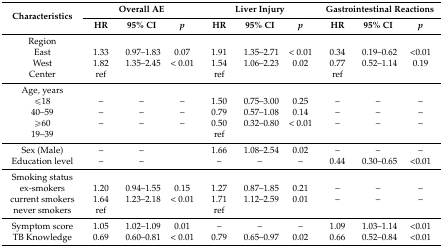
<table><thead><tr><td rowspan="2"><b>Characteristics</b></td><td colspan="3"><b>Overall AE</b></td><td colspan="3"><b>Liver Injury</b></td><td colspan="3"><b>Gastrointestinal Reactions</b></td></tr><tr><td><b>HR</b></td><td><b>95% CI</b></td><td><b><i>p</i></b></td><td><b>HR</b></td><td><b>95% CI</b></td><td><b><i>p</i></b></td><td><b>HR</b></td><td><b>95% CI</b></td><td><b><i>p</i></b></td></tr></thead><tbody><tr><td>Region</td><td>[EMPTY_CELL]</td><td>[EMPTY_CELL]</td><td>[EMPTY_CELL]</td><td>[EMPTY_CELL]</td><td>[EMPTY_CELL]</td><td>[EMPTY_CELL]</td><td>[EMPTY_CELL]</td><td>[EMPTY_CELL]</td><td>[EMPTY_CELL]</td></tr><tr><td>East</td><td>1.33</td><td>0.97–1.83</td><td>0.07</td><td>1.91</td><td>1.35–2.71</td><td>&lt; 0.01</td><td>0.34</td><td>0.19–0.62</td><td>&lt;0.01</td></tr><tr><td>West</td><td>1.82</td><td>1.35–2.45</td><td>&lt; 0.01</td><td>1.54</td><td>1.06–2.23</td><td>0.02</td><td>0.77</td><td>0.52–1.14</td><td>0.19</td></tr><tr><td>Center</td><td>ref</td><td>[EMPTY_CELL]</td><td>[EMPTY_CELL]</td><td>ref</td><td>[EMPTY_CELL]</td><td>[EMPTY_CELL]</td><td>ref</td><td>[EMPTY_CELL]</td><td>[EMPTY_CELL]</td></tr><tr><td>Age, years</td><td>[EMPTY_CELL]</td><td>[EMPTY_CELL]</td><td>[EMPTY_CELL]</td><td>[EMPTY_CELL]</td><td>[EMPTY_CELL]</td><td>[EMPTY_CELL]</td><td>[EMPTY_CELL]</td><td>[EMPTY_CELL]</td><td>[EMPTY_CELL]</td></tr><tr><td>≤18</td><td>–</td><td>–</td><td>–</td><td>1.50</td><td>0.75–3.00</td><td>0.25</td><td>–</td><td>–</td><td>–</td></tr><tr><td>40–59</td><td>–</td><td>–</td><td>–</td><td>0.79</td><td>0.57–1.08</td><td>0.14</td><td>–</td><td>–</td><td>–</td></tr><tr><td>≥60</td><td>–</td><td>–</td><td>–</td><td>0.50</td><td>0.32–0.80</td><td>&lt; 0.01</td><td>–</td><td>–</td><td>–</td></tr><tr><td>19–39</td><td>[EMPTY_CELL]</td><td>[EMPTY_CELL]</td><td>[EMPTY_CELL]</td><td>ref</td><td>[EMPTY_CELL]</td><td>[EMPTY_CELL]</td><td>[EMPTY_CELL]</td><td>[EMPTY_CELL]</td><td>[EMPTY_CELL]</td></tr><tr><td>Sex (Male)</td><td>–</td><td>–</td><td>[EMPTY_CELL]</td><td>1.66</td><td>1.08–2.54</td><td>0.02</td><td>–</td><td>–</td><td>–</td></tr><tr><td>Education level</td><td>–</td><td>–</td><td>[EMPTY_CELL]</td><td>–</td><td>–</td><td>–</td><td>0.44</td><td>0.30–0.65</td><td>&lt;0.01</td></tr><tr><td>Smoking status</td><td>[EMPTY_CELL]</td><td>[EMPTY_CELL]</td><td>[EMPTY_CELL]</td><td>[EMPTY_CELL]</td><td>[EMPTY_CELL]</td><td>[EMPTY_CELL]</td><td>[EMPTY_CELL]</td><td>[EMPTY_CELL]</td><td>[EMPTY_CELL]</td></tr><tr><td>ex-smokers</td><td>1.20</td><td>0.94–1.55</td><td>0.15</td><td>1.27</td><td>0.87–1.85</td><td>0.21</td><td>–</td><td>–</td><td>–</td></tr><tr><td>current smokers</td><td>1.64</td><td>1.23–2.18</td><td>&lt; 0.01</td><td>1.71</td><td>1.12–2.59</td><td>0.01</td><td>–</td><td>–</td><td>–</td></tr><tr><td>never smokers</td><td>ref</td><td>[EMPTY_CELL]</td><td>[EMPTY_CELL]</td><td>ref</td><td>[EMPTY_CELL]</td><td>[EMPTY_CELL]</td><td>[EMPTY_CELL]</td><td>[EMPTY_CELL]</td><td>[EMPTY_CELL]</td></tr><tr><td>Symptom score</td><td>1.05</td><td>1.02–1.09</td><td>0.01</td><td>–</td><td>–</td><td>–</td><td>1.09</td><td>1.03–1.14</td><td>&lt;0.01</td></tr><tr><td>TB Knowledge</td><td>0.69</td><td>0.60–0.81</td><td>&lt; 0.01</td><td>0.79</td><td>0.65–0.97</td><td>0.02</td><td>0.66</td><td>0.52–0.84</td><td>&lt;0.01</td></tr></tbody></table>